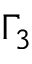
\Gamma _ { 3 }